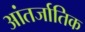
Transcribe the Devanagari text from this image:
आंतर्जातिक